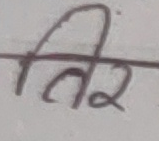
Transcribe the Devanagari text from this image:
तिर